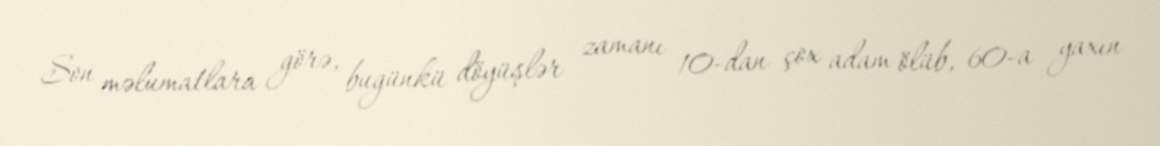
Son məlumatlara görə, bugünkü döyüşlər zamanı 10-dan çox adam ölüb, 60-a yaxın